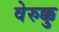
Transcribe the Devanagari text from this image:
वेरुक्कु